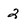
Character: 2